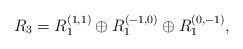
LaTeX: \begin{align*}R_3 = R_1^{(1,1)}\oplus R_1^{(-1,0)}\oplus R_1^{(0,-1)},\end{align*}